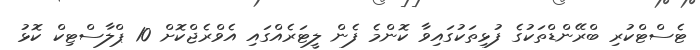
ޓެސްޓްކުރި ބްރޭންޑްތަކުގެ ފުޅިތަކުގައިވާ ކޮންމެ ފެން ލީޓަރެއްގައި އެވްރެޖްކޮށް 10 ޕްލާސްޓިކް ކޮޅު